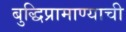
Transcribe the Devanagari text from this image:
बुद्धिप्रामाण्याची